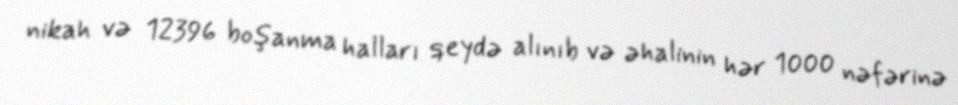
nikah və 12396 boşanma halları qeydə alınıb və əhalinin hər 1000 nəfərinə